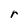
Character: r